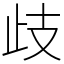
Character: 歧